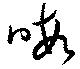
晦